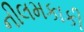
નીલમકાકી